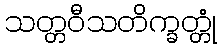
သတ္တဝီသတိက္ခတ္တုံ